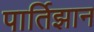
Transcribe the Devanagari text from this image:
पार्तिझान